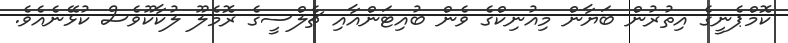
ކޮމްޕެނީގެ އިިތުރުން ބަޔާން މިއުނިކްގެ ވެން ބުއިޓަންއާއި ޗެލްސީގެ ރޮމެލޫ ލުކާކޫވެސް ކުޅޭނެއެވެ.